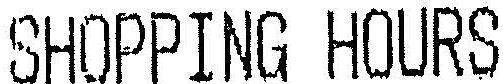
SHOPPING HOURS